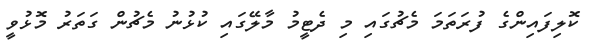
ކޮލިފައިންގެ ފުރަތަމަ މެޗުގައި މި ދެޓީމު މާލޭގައި ކުޅުނު މެޗުން ގަތަރު މޮޅުވީ